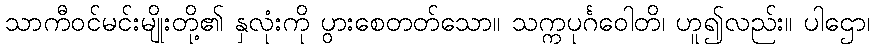
သာကီဝင်မင်းမျိုးတို့၏ နှလုံးကို ပွားစေတတ်သော။ သက္ကပုင်္ဂဝေါတိ၊ ဟူ၍လည်း။ ပါဌော၊